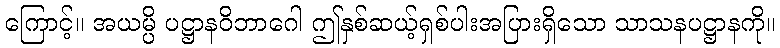
ကြောင့်။ အယမ္ပိ ပဋ္ဌာနဝိဘာဂေါ ဤနှစ်ဆယ့်ရှစ်ပါးအပြားရှိသော သာသနပဋ္ဌာနကို။